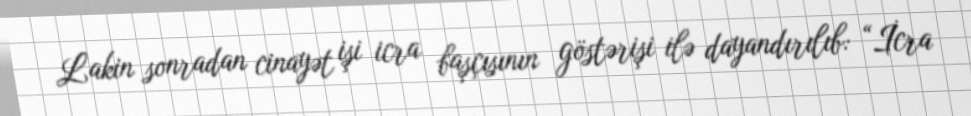
Lakin sonradan cinayət işi icra başçısının göstərişi ilə dayandırılıb: “İcra